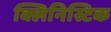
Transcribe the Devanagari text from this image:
क्लिनिस्टिक